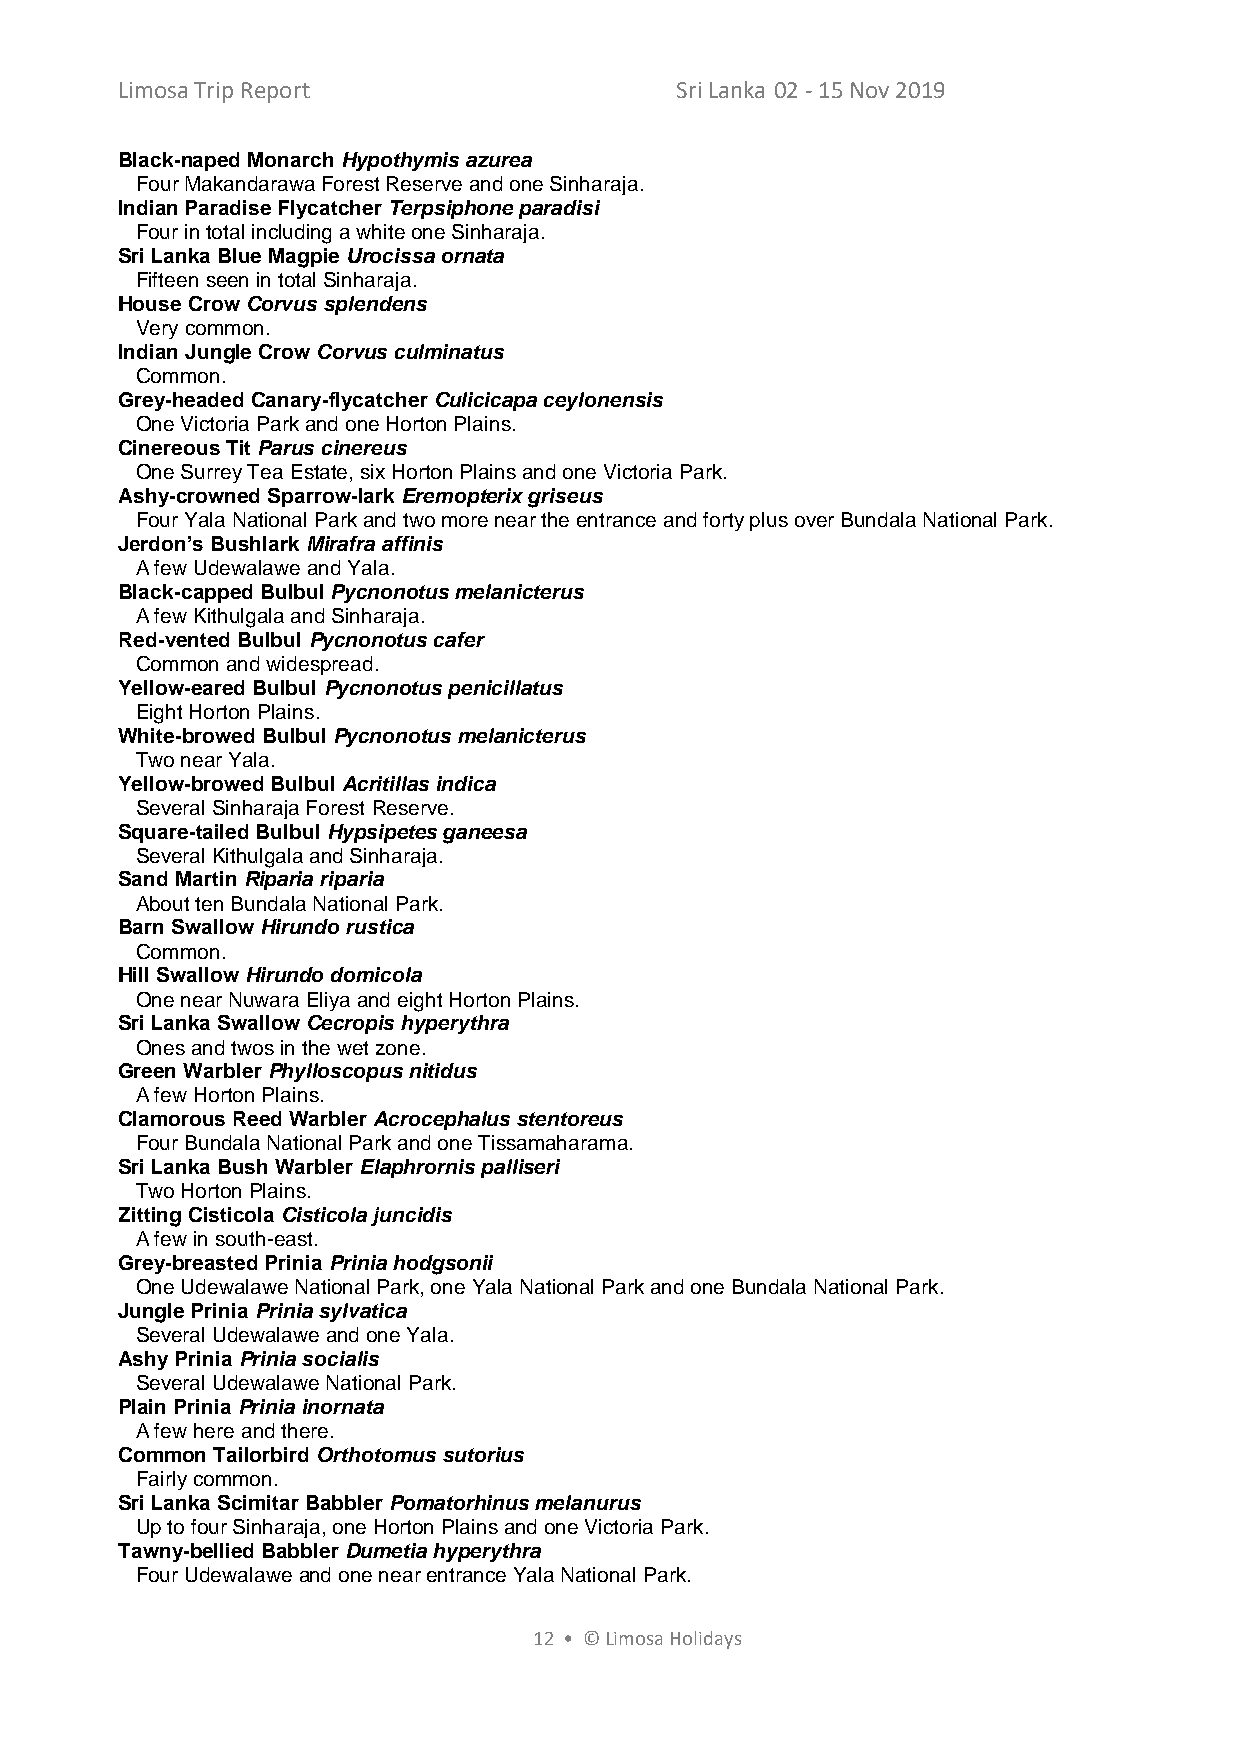
Limosa Trip Report                   Sri Lanka 02 - 15 Nov 2019
 Black-naped Monarch Hypothymis azurea
 Four Makandarawa Forest Reserve and one Sinharaja.
 Indian Paradise Flycatcher Terpsiphone paradisi
 Four in total including a white one Sinharaja.
 Sri Lanka Blue Magpie Urocissa ornata
 Fifteen seen in total Sinharaja.
 House Crow Corvus splendens
 Very common.
 Indian Jungle Crow Corvus culminatus
 Common.
 Grey-headed Canary-flycatcher Culicicapa ceylonensis
 One Victoria Park and one Horton Plains.
 Cinereous Tit Parus cinereus
 One Surrey Tea Estate, six Horton Plains and one Victoria Park.
 Ashy-crowned Sparrow-lark Eremopterix griseus
 Four Yala National Park and two more near the entrance and forty plus over Bundala National Park.
 Jerdon’s Bushlark Mirafra affinis
 A few Udewalawe and Yala.
 Black-capped Bulbul Pycnonotus melanicterus
 A few Kithulgala and Sinharaja.
 Red-vented Bulbul Pycnonotus cafer
 Common and widespread.
 Yellow-eared Bulbul Pycnonotus penicillatus
 Eight Horton Plains.
 White-browed Bulbul Pycnonotus melanicterus
 Two near Yala.
 Yellow-browed Bulbul Acritillas indica
 Several Sinharaja Forest Reserve.
 Square-tailed Bulbul Hypsipetes ganeesa
 Several Kithulgala and Sinharaja.
 Sand Martin Riparia riparia
 About ten Bundala National Park.
 Barn Swallow Hirundo rustica
 Common.
 Hill Swallow Hirundo domicola
 One near Nuwara Eliya and eight Horton Plains.
 Sri Lanka Swallow Cecropis hyperythra
 Ones and twos in the wet zone.
 Green Warbler Phylloscopus nitidus
 A few Horton Plains.
 Clamorous Reed Warbler Acrocephalus stentoreus
 Four Bundala National Park and one Tissamaharama.
 Sri Lanka Bush Warbler Elaphrornis palliseri
 Two Horton Plains.
 Zitting Cisticola Cisticola juncidis
 A few in south-east.
 Grey-breasted Prinia Prinia hodgsonii
 One Udewalawe National Park, one Yala National Park and one Bundala National Park.
 Jungle Prinia Prinia sylvatica
 Several Udewalawe and one Yala.
 Ashy Prinia Prinia socialis
 Several Udewalawe National Park.
 Plain Prinia Prinia inornata
 A few here and there.
 Common Tailorbird Orthotomus sutorius
 Fairly common.
 Sri Lanka Scimitar Babbler Pomatorhinus melanurus
 Up to four Sinharaja, one Horton Plains and one Victoria Park.
 Tawny-bellied Babbler Dumetia hyperythra
 Four Udewalawe and one near entrance Yala National Park.
 12 • © Limosa Holidays